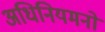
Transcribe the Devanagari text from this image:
अधिनियमनों